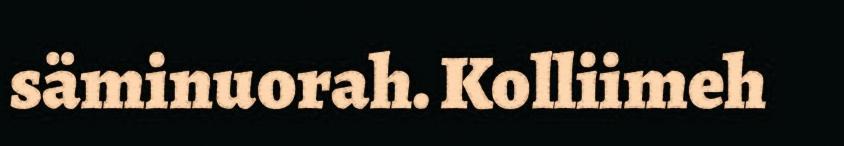
säminuorah. Kolliimeh